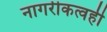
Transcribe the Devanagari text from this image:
नागरीकत्वही